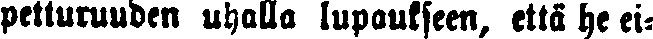
petturuuden uhalla lupaukseen, että he ei-